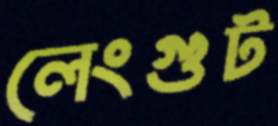
লেংগুট